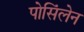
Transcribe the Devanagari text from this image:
पोसिंलेन